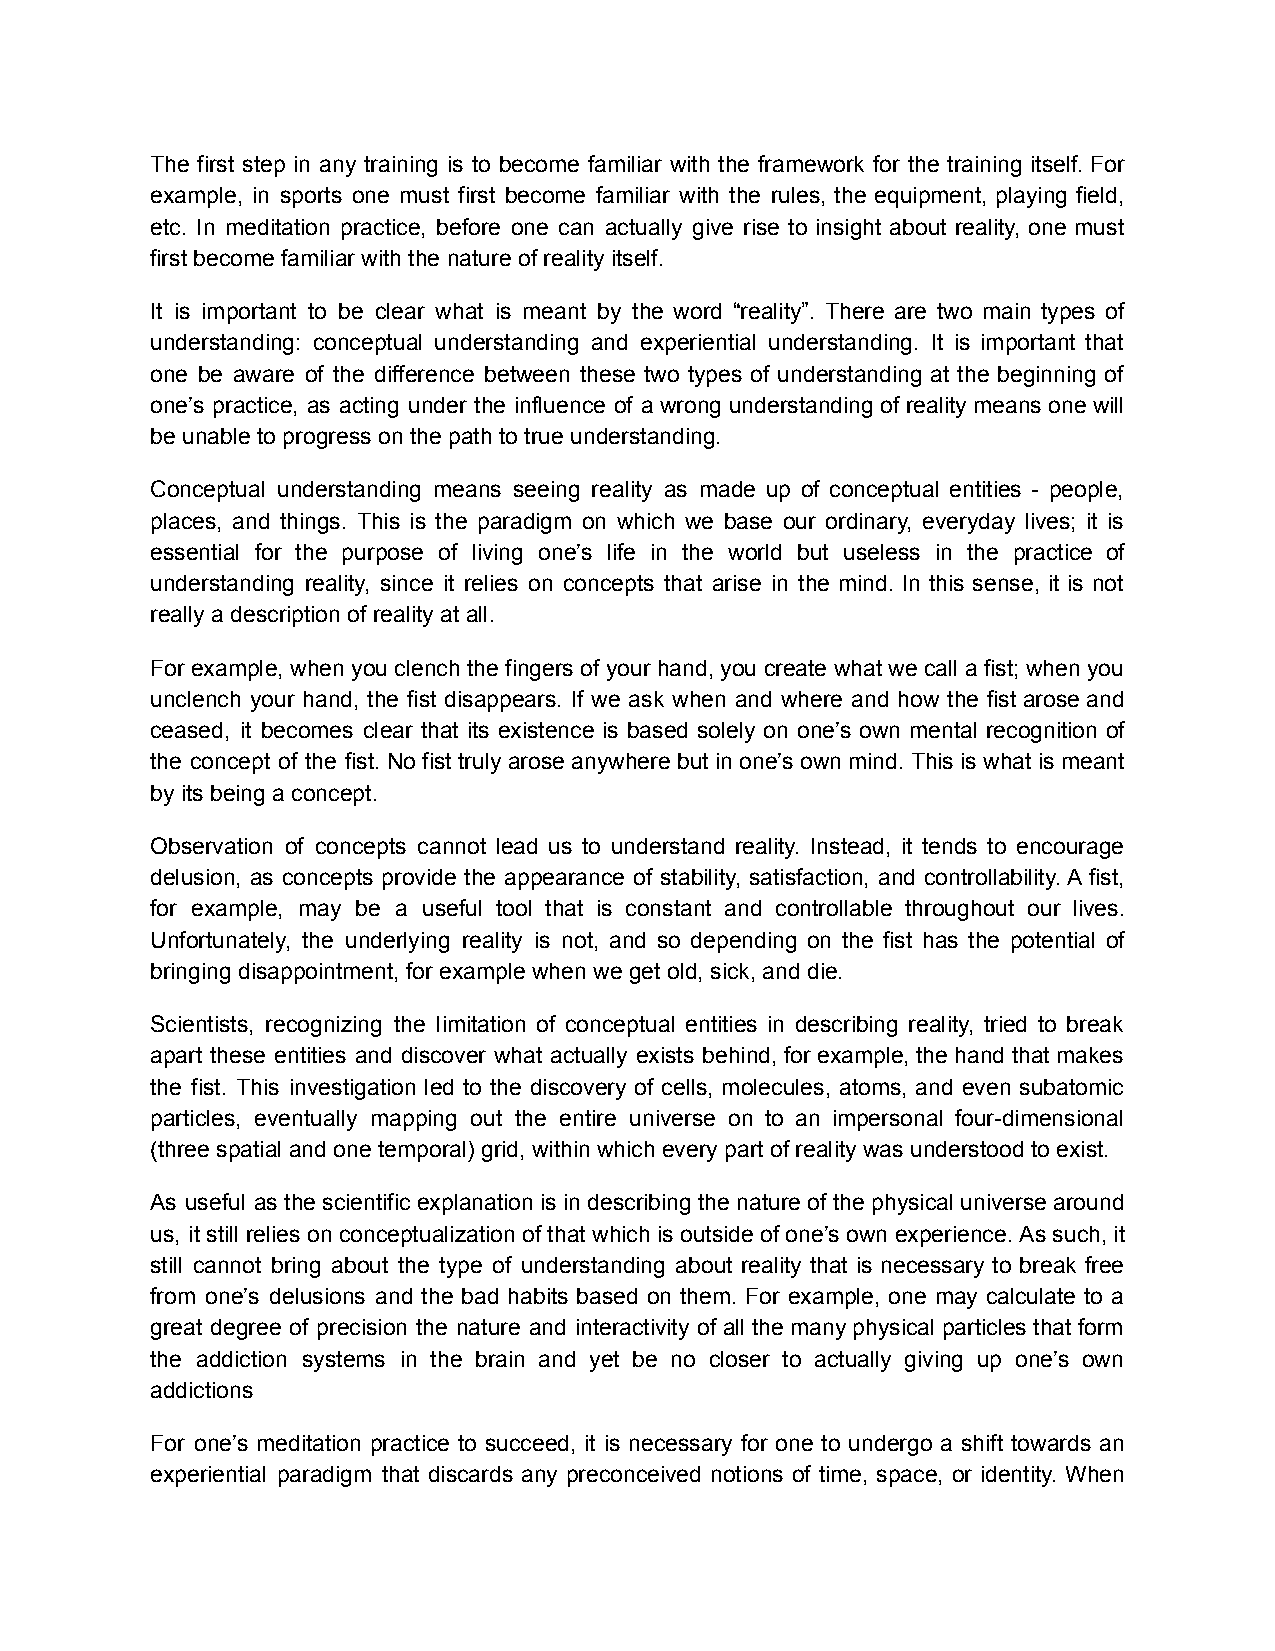
The first step in any training is to become familiar with the framework for the training itself. For
 example, in sports one must first become familiar with the rules, the equipment, playing field,
 etc. In meditation practice, before one can actually give rise to insight about reality, one must
 first become familiar with the nature of reality itself.
 It is important to be clear what is meant by the word “reality”. There are two main types of
 understanding: conceptual understanding and experiential understanding. It is important that
 one be aware of the difference between these two types of understanding at the beginning of
 one’s practice, as acting under the influence of a wrong understanding of reality means one will
 be unable to progress on the path to true understanding.
 Conceptual understanding means seeing reality as made up of conceptual entities - people,
 places, and things. This is the paradigm on which we base our ordinary, everyday lives; it is
 essential for the purpose of living one’s life in the world but useless in the practice of
 understanding reality, since it relies on concepts that arise in the mind. In this sense, it is not
 really a description of reality at all.
 For example, when you clench the fingers of your hand, you create what we call a fist; when you
 unclench your hand, the fist disappears. If we ask when and where and how the fist arose and
 ceased, it becomes clear that its existence is based solely on one’s own mental recognition of
 the concept of the fist. No fist truly arose anywhere but in one’s own mind. This is what is meant
 by its being a concept.
 Observation of concepts cannot lead us to understand reality. Instead, it tends to encourage
 delusion, as concepts provide the appearance of stability, satisfaction, and controllability. A fist,
 for example, may be a useful tool that is constant and controllable throughout our lives.
 Unfortunately, the underlying reality is not, and so depending on the fist has the potential of
 bringing disappointment, for example when we get old, sick, and die.
 Scientists, recognizing the limitation of conceptual entities in describing reality, tried to break
 apart these entities and discover what actually exists behind, for example, the hand that makes
 the fist. This investigation led to the discovery of cells, molecules, atoms, and even subatomic
 particles, eventually mapping out the entire universe on to an impersonal four-dimensional
 (three spatial and one temporal) grid, within which every part of reality was understood to exist.
 As useful as the scientific explanation is in describing the nature of the physical universe around
 us, it still relies on conceptualization of that which is outside of one’s own experience. As such, it
 still cannot bring about the type of understanding about reality that is necessary to break free
 from one’s delusions and the bad habits based on them. For example, one may calculate to a
 great degree of precision the nature and interactivity of all the many physical particles that form
 the addiction systems in the brain and yet be no closer to actually giving up one’s own
 addictions
 For one’s meditation practice to succeed, it is necessary for one to undergo a shift towards an
 experiential paradigm that discards any preconceived notions of time, space, or identity. When